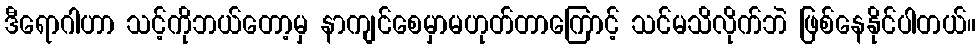
ဒီရောဂါဟာ သင့်ကိုဘယ်တော့မှ နာကျင်စေမှာမဟုတ်တာကြောင့် သင်မသိလိုက်ဘဲ ဖြစ်နေနိုင်ပါတယ်။